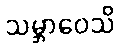
သမ္ဘာဝေသိ